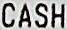
CASH